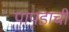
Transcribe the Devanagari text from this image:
पापडाची